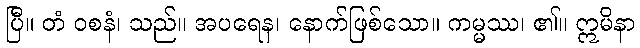
ပြီ။ တံ ဝစနံ၊ သည်။ အပရေန၊ နောက်ဖြစ်သော။ ကမ္မဿ၊ ၏။ ဣမိနာ